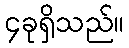
၄ခုရှိသည်။